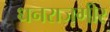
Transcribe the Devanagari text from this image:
धनराजगीर